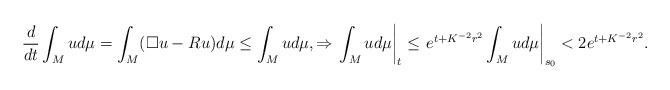
LaTeX: \begin{align*} \frac{d}{dt} \int_M u d\mu=\int_M(\square u - Ru) d\mu \leq \int_M u d\mu, \Rightarrow \left. \int_M u d\mu \right|_{t} \leq \left. e^{t+K^{-2}r^2} \int_M ud\mu \right|_{s_0}< 2 e^{t+K^{-2}r^2}. \end{align*}